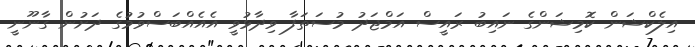
އިލެކްޝަން ކޮމިޝަންގެ ނައިބު ރައީސް އަމްޖަދު މުސަތަފާ ވިދާޅުވީ އެއެއްބަސްވުމުގެ ދަށުން ގާނޫނީ